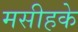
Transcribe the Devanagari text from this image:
मसीहके